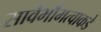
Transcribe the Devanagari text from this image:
सार्वभौमत्वाकडे